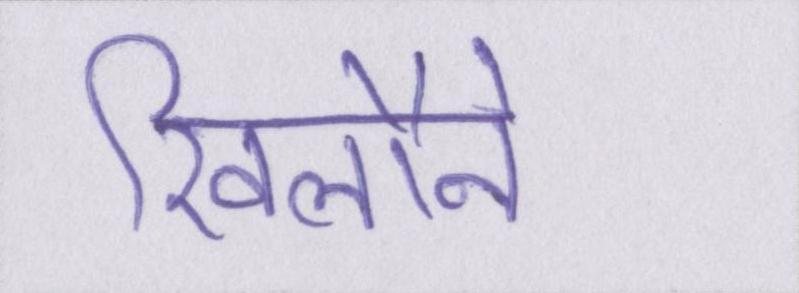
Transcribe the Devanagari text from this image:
खिलौने